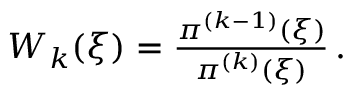
\begin{array} { r } { W _ { k } ( \xi ) = \frac { \pi ^ { ( k - 1 ) } ( \xi ) } { \pi ^ { ( k ) } ( \xi ) } \, . } \end{array}